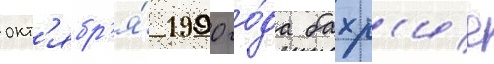
окт'ябр'я́ 1990 го́да бахр'ие